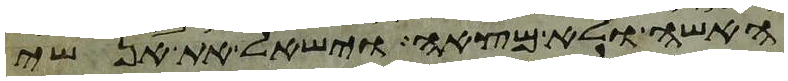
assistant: האשה ולא מצאה וישאל את אנשי